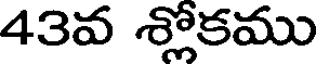
43వ శ్లోకము